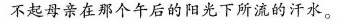
不起母亲在那个午后的阳光下所流的汗水。